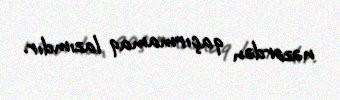
nəzərdən qaçırmamaq lazımdır.